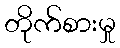
တိုက်စားမှု